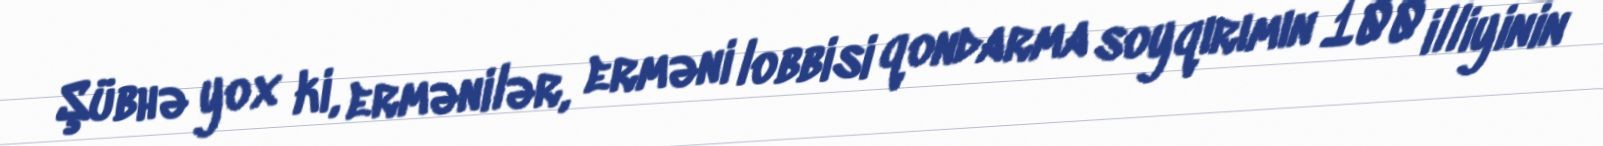
Şübhə yox ki, ermənilər, erməni lobbisi qondarma soyqırımın 100 illiyinin